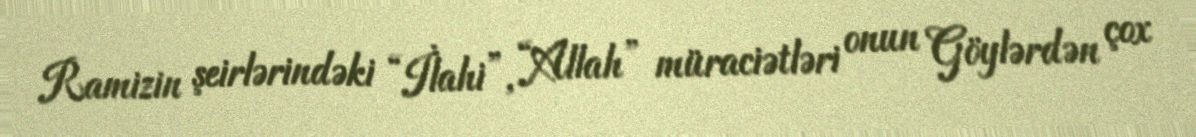
Ramizin şeirlərindəki “İlahi”, “Allah” müraciətləri onun Göylərdən çox